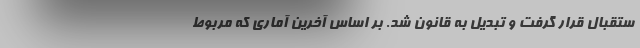
ستقبال قرار گرفت و تبدیل به قانون شد. بر اساس آخرین آماری که مربوط